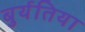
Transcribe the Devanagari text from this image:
बुर्यतिया